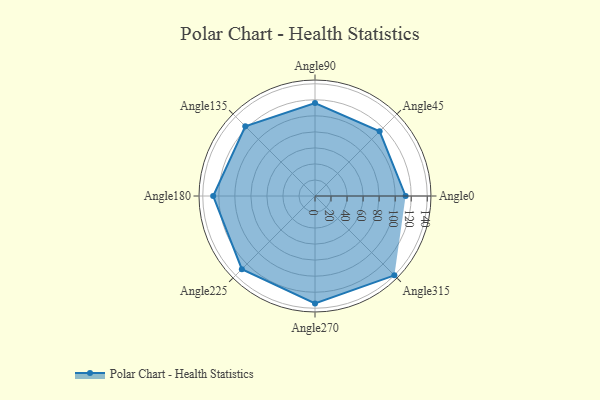
{"axis": {"x": "Angle", "y": "Radius"}, "legend": [""], "data": [{"x": "Angle0", "y": 113.0, "type": ""}, {"x": "Angle45", "y": 114.0, "type": ""}, {"x": "Angle90", "y": 116.0, "type": ""}, {"x": "Angle135", "y": 123.0, "type": ""}, {"x": "Angle180", "y": 127.0, "type": ""}, {"x": "Angle225", "y": 129.0, "type": ""}, {"x": "Angle270", "y": 134.0, "type": ""}, {"x": "Angle315", "y": 140.0, "type": ""}]}